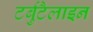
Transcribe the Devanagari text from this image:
टर्बुटैलाइन